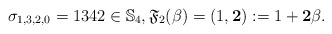
\begin{gather*}\sigma_{1,3,2,0}=1342 \in \mathbb{S}_4, \mathfrak{F}_2(\beta)= (1,{\bf 2}):=1+{\bf 2} \beta.\end{gather*}